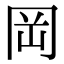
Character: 岡